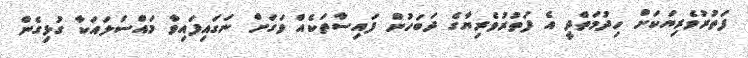
ފަތުރުވެރިޔަކަށް ހިދުމަތްދީ އެ ފަތުރުވެރިޔާގެ ދަބަހުން ފައިސާތަކެއް ވަގަށް ނަގައިފައިވާ މައްސަލައަކާ ގުޅިގެން